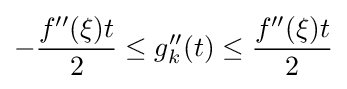
-{\frac {f''(\xi )t}{2}}\leq g_{k}''(t)\leq {\frac {f''(\xi )t}{2}}